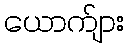
ယောက်ျား